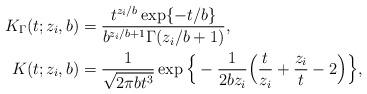
LaTeX: \begin{align*}K_{\Gamma}( t; z_i,b) & =\frac{t^{{z_i}/{b}} \exp\{-{t}/{b}\}}{b^{{z_i}/{b}+1} \Gamma({z_i}/{b}+1)}, \\K_{}( t; z_i,b) & =\frac{1}{\sqrt{2\pi b t^3}} \exp\Big\{-\frac{1}{2b z_i} \Big(\frac{t}{z_i}+\frac{z_i}{t}-2\Big)\Big\},\end{align*}